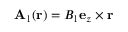
\mathbf { A } _ { 1 } ( \mathbf { r } ) = B _ { 1 } \mathbf { e } _ { z } \times \mathbf { r }